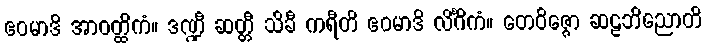
ဧဝမာဒိ အာဝတ္ထိကံ။ ဒဏ္ဍီ ဆတ္တီ သိခီ ကရီတိ ဧဝမာဒိ လိင်္ဂိကံ။ တေဝိဇ္ဇော ဆဠဘိညောတိ